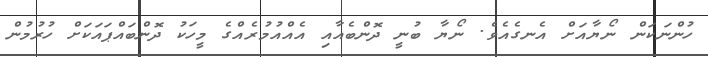
ހުންނަކަން ނޯޔާއަށް އެނގެއެވެ. ނޯޔާ ބުނީ ދޮންބެއާއި އެއްއުމުރެއްގެ މީހަކު ދޮންބައްޕައަކަށް ހުރުމުން